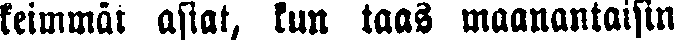
keimmät asiat, kun taas maanantaisin